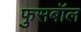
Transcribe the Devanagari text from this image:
फुसबॉल